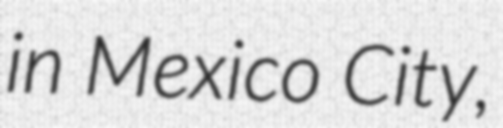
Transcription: in Mexico City,